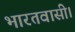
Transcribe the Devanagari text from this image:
भारतवासी।